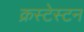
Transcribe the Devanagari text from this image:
क्रस्टेस्टन